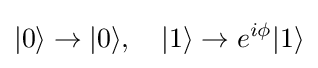
|0\rangle \to |0\rangle ,\quad |1\rangle \to e^{i\phi }|1\rangle